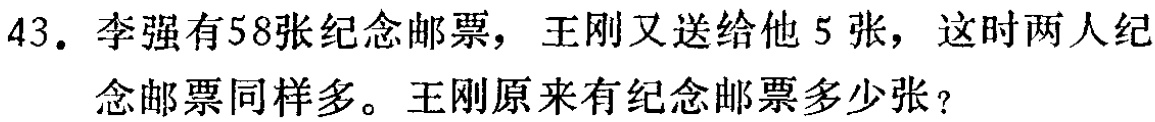
43. 李强有58张纪念邮票，王刚又送给他 5 张，这时两人纪念邮票同样多。王刚原来有纪念邮票多少张？